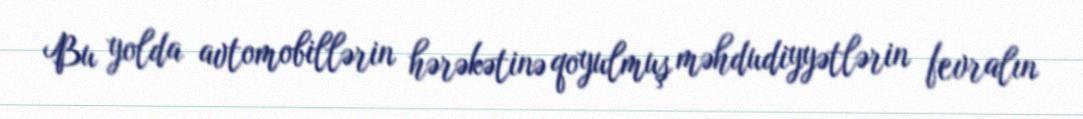
Bu yolda avtomobillərin hərəkətinə qoyulmuş məhdudiyyətlərin fevralın